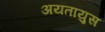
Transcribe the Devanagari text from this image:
अयतायुस